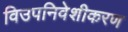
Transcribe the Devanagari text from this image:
विउपनिवेशीकरण